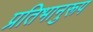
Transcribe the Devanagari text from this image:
प्रतिभानुरूप